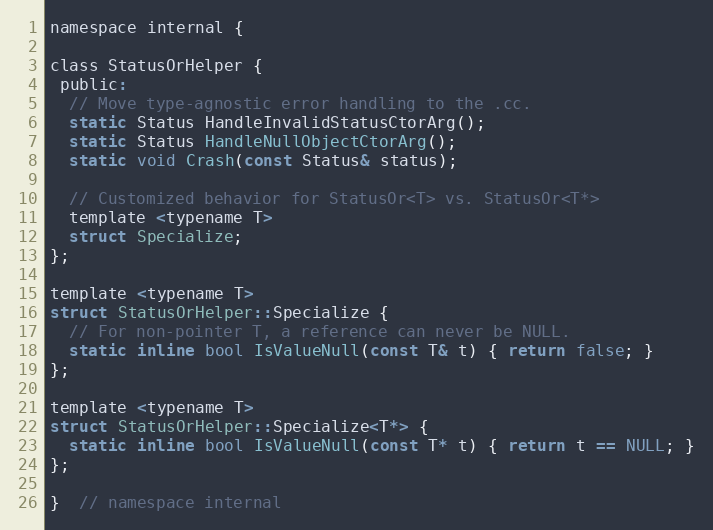
Language: C
namespace internal {

class StatusOrHelper {
 public:
  // Move type-agnostic error handling to the .cc.
  static Status HandleInvalidStatusCtorArg();
  static Status HandleNullObjectCtorArg();
  static void Crash(const Status& status);

  // Customized behavior for StatusOr<T> vs. StatusOr<T*>
  template <typename T>
  struct Specialize;
};

template <typename T>
struct StatusOrHelper::Specialize {
  // For non-pointer T, a reference can never be NULL.
  static inline bool IsValueNull(const T& t) { return false; }
};

template <typename T>
struct StatusOrHelper::Specialize<T*> {
  static inline bool IsValueNull(const T* t) { return t == NULL; }
};

}  // namespace internal